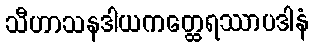
သီဟာသနဒါယကတ္ထေရဿာပဒါနံ